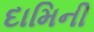
દામિની